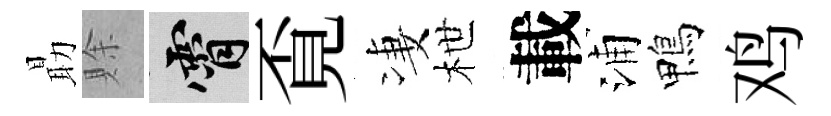
朂賖霄覔凄枻載浦鴨鸡